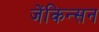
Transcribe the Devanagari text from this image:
जेंकिन्सन